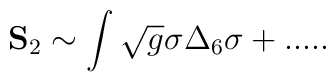
{\bf S}_2 \sim \int\sqrt{g}\sigma\Delta_6\sigma + .....